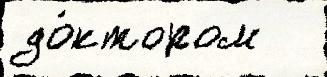
до́ктором